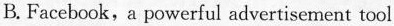
B.Faccbcok,a powerful advertisement tool